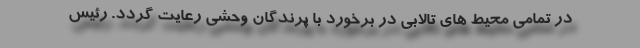
در تمامی محیط های تالابی در برخورد با پرندگان وحشی رعایت گردد. رئیس